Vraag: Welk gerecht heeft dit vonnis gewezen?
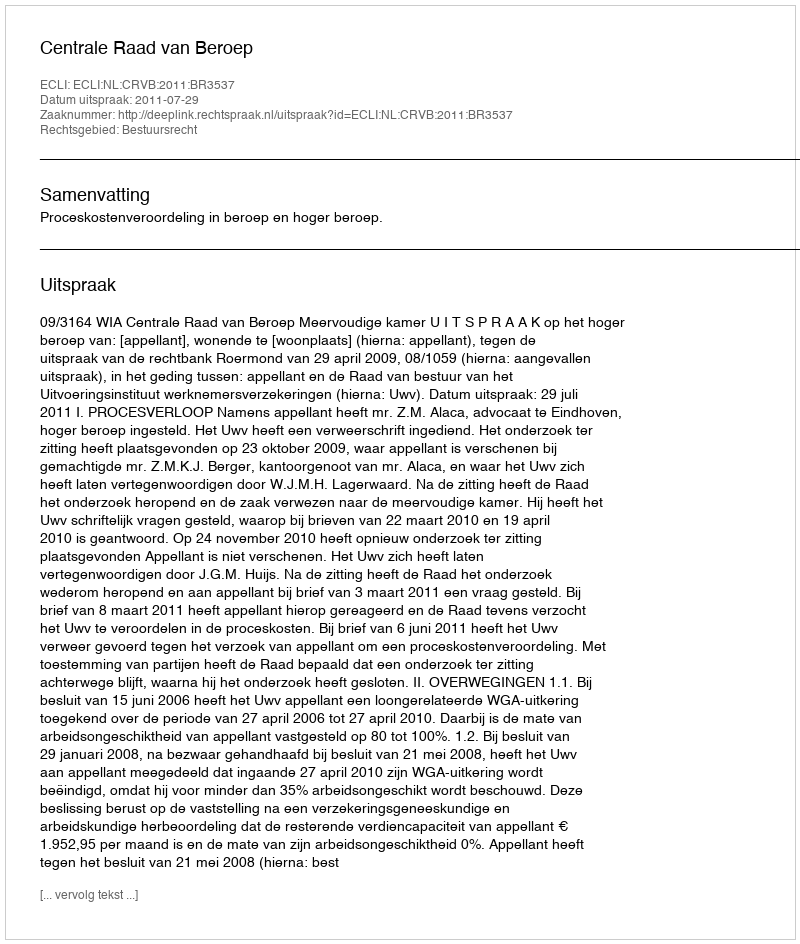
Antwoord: Centrale Raad van Beroep